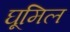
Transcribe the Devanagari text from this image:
घूमिल